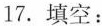
17. 填空：